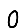
Digit: 0